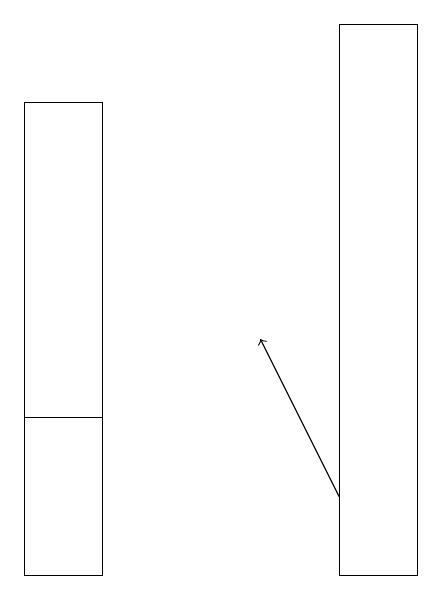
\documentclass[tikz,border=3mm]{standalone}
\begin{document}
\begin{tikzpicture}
\draw (5,18) rectangle (4,11);
\draw (1,13) rectangle (0,11);
\draw[->] (4,12) -- (3,14);
\draw (0,13) rectangle (1,17);
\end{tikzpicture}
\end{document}